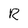
Character: R